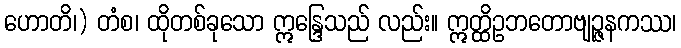
ဟောတိ၊) တံစ၊ ထိုတစ်ခုသော ဣန္ဒြေသည် လည်း။ ဣတ္ထိဥဘတောဗျဉ္ဇနကဿ၊